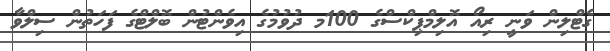
ގެޓްލިން ވަނީ ރިއޯ އޮލިމްޕިކްސްގެ 100މ ދުވުމުގެ އިވެންޓުން ބޮލްޓްގެ ފަހަތުން ސިލްވާ